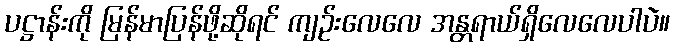
ပဋ္ဌာန်းကို မြန်မာပြန်ဖို့ဆိုရင် ကျဉ်းလေလေ အန္တရာယ်ရှိလေလေပါပဲ။